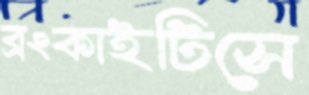
ব্রংকাইটিসে